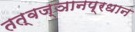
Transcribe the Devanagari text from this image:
तत्वज्ञानप्रधान